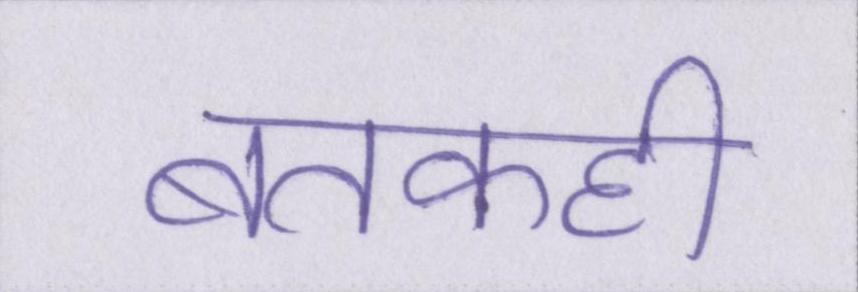
बतकही